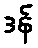
ဒန်